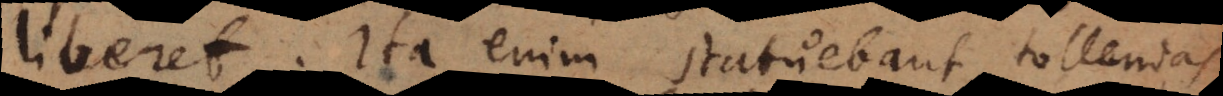
liberet. Ita enim statuebant, tollendas